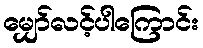
မျှော်လင့်ပါကြောင်း